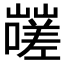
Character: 𰎿